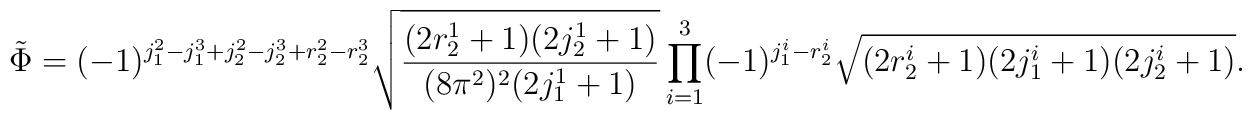
\tilde{\Phi}= (-1)^{j_1^2 -j_1^3 +j_2^2 -j_2^3 +r_2^2 -r_2^3 }\sqrt{\frac{(2r_2^1 + 1)(2 j_2^1 + 1)}{(8 \pi^2 )^2 (2j_1^1 +1)}}\prod_{i = 1}^{3} (-1)^{j_1^i -r_2^i} \sqrt{(2r_2^i +1)(2j_1^i +1)(2j_2^i +1)}.